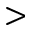
>